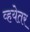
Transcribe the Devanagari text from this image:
व्हयेतर